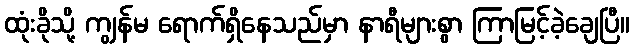
ထုံးခိုသို့ ကျွန်မ ရောက်ရှိနေသည်မှာ နာရီများစွာ ကြာမြင့်ခဲ့ချေပြီ။